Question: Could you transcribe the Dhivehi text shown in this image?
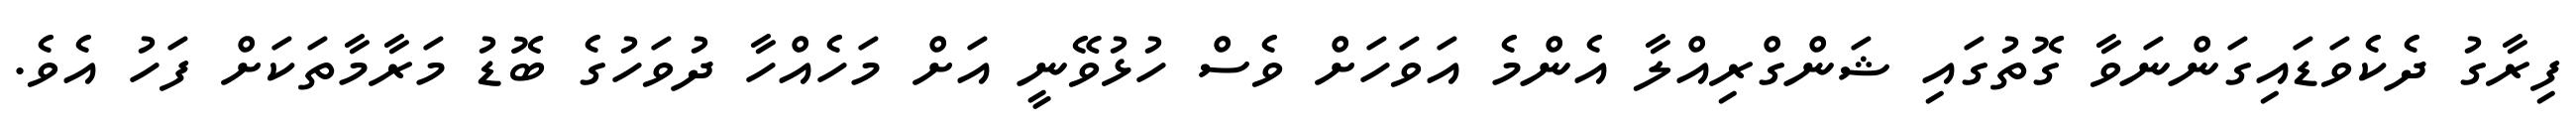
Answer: ފިރާގު ދެކެވަޑައިގަންނަވާ ގޮތުގައި ޝަންގްރިއްލާ އެންމެ އަވަހަށް ވެސް ހުޅުވޭނީ އަށް މަހެއްހާ ދުވަހުގެ ބޮޑު މަރާމާތަކަށް ފަހު އެވެ.